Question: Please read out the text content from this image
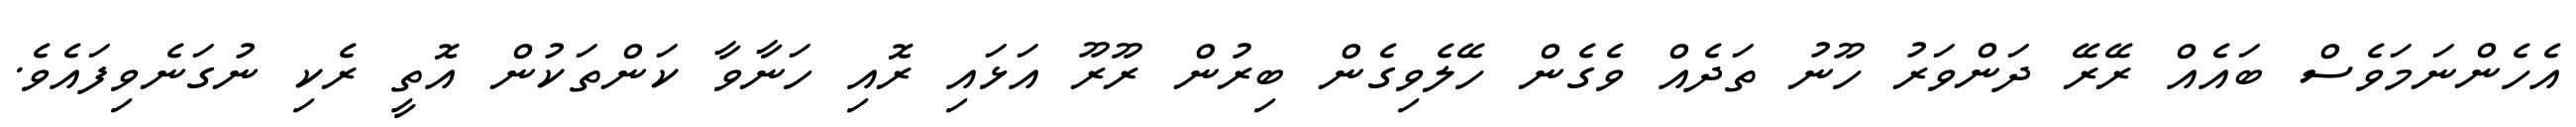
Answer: އެހެންނަމަވެސް ބައެއް ރޭރޭ ދަންވަރު ހޫނު ތަދެއް ވެގެން ހޭލެވިގެން ބިރުން ރޫރޫ އަޅައި ރޮއި ހަނާވާ ކަންތަކުން އޮތީ ރެކި ނުގަނެވިފައެވެ.